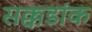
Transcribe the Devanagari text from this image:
सक्कडांक